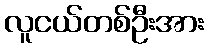
လူငယ်တစ်ဦးအား